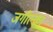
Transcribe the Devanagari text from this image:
जगील्का